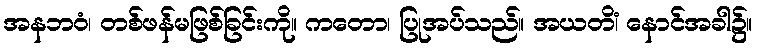
အနဘဝံ၊ တစ်ဖန်မဖြစ်ခြင်းကို။ ကတော၊ ပြုအပ်သည်။ အယတိံ၊ နောင်အခါ၌။